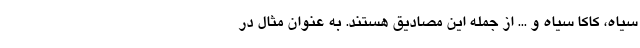
سیاه، کاکا سیاه و ... از جمله این مصادیق هستند. به عنوان مثال در